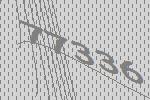
77336